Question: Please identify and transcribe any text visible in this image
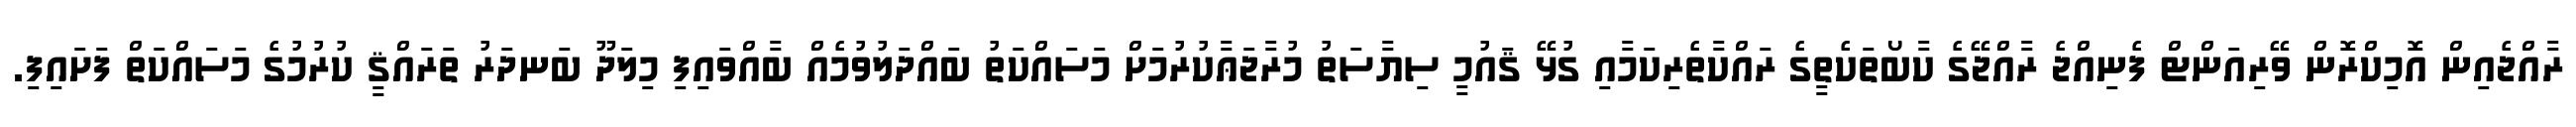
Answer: ރާއްޖެއިން އޮމިކްރޮން ވޭރިއަންޓް ފެނިއްޖެ ރާއްޖޭގެ ކާބޯތަކެތީގެ ރައްކާތެރިކަމާއި ގުޅޭ ޤައުމީ ސިޔާސަތު މުރާޖަޢާކުރުމަށް މަސައްކަތު ބައްދަލުވުމެއް ބާއްވައިފި މިލަދޫ ބަނދަރު ތަރައްޤީ ކުރުމުގެ މަސައްކަތް ފަށައިފި.